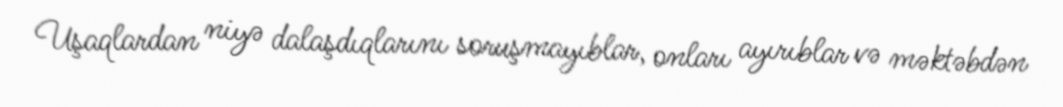
Uşaqlardan niyə dalaşdıqlarını soruşmayıblar, onları ayırıblar və məktəbdən